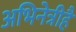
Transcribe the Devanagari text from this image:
अभिनेत्रीहैं